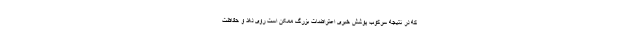
که در نتیجه سرکوب پوشش خبری اعتراضات بزرگ ممکن است روی دهد و حفاظت